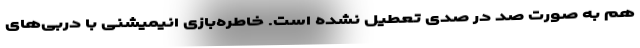
هم به صورت صد در صدی تعطیل نشده است. خاطره‌بازی انیمیشنی با دربی‌های